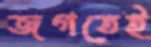
জগতেই